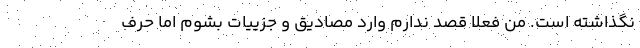
نگذاشته است. من فعلا قصد ندارم وارد مصادیق و جزییات بشوم اما حرف‌